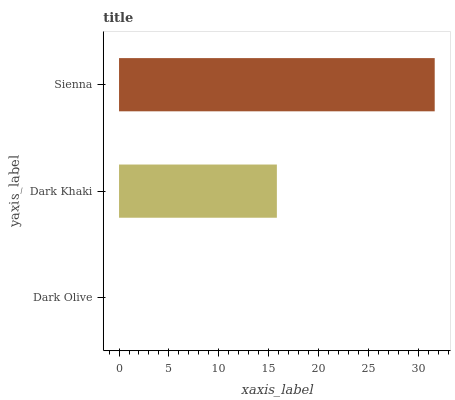
| yaxis_label | bars |
 | --- | --- |
 | Dark Olive | 0 |
 | Dark Khaki | 15.8 |
 | Sienna | 31.6 |